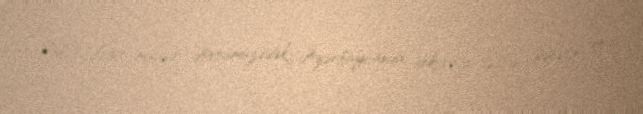
Xalçaçılığın müasir dövrümüzədək Azərbaycanda dekorativ-tətbiqi sənətin ən